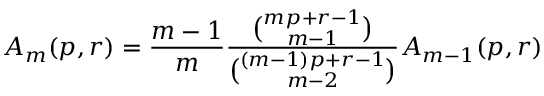
A _ { m } ( p , r ) = { \frac { m - 1 } { m } } { \frac { \binom { m p + r - 1 } { m - 1 } } { \binom { ( m - 1 ) p + r - 1 } { m - 2 } } } A _ { m - 1 } ( p , r )